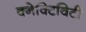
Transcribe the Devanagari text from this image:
क्नेक्टिविटी